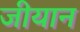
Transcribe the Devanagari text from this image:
जीयान